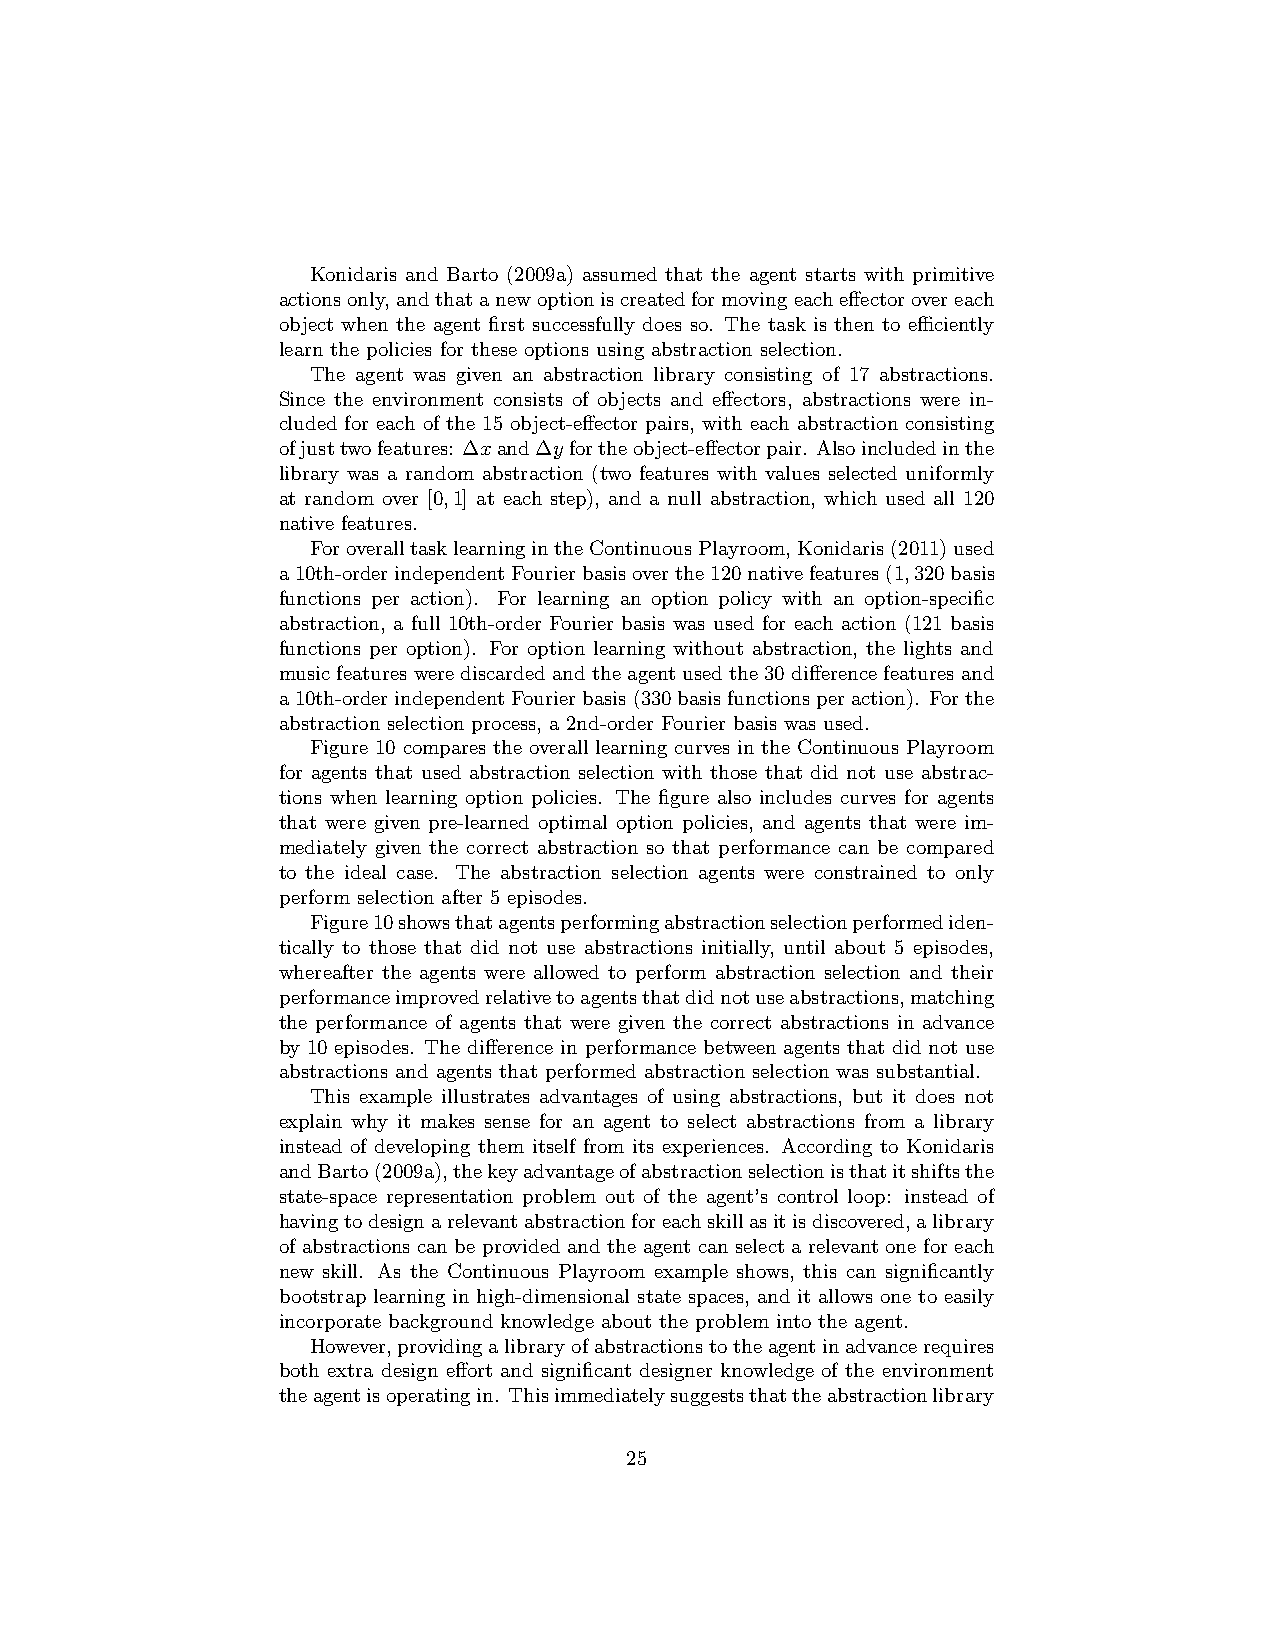
Konidaris and Barto (2009a) assumed that the agent starts with primitive
 actionsonly,andthatanewoptioniscreatedformovingeacheffectorovereach
 object when the agent first successfully does so. The task is then to efficiently
 learn the policies for these options using abstraction selection.
 The agent was given an abstraction library consisting of 17 abstractions.
 Since the environment consists of objects and effectors, abstractions were in-
 cluded for each of the 15 object-effector pairs, with each abstraction consisting
 ofjusttwofeatures: ∆xand∆yfortheobject-effectorpair. Alsoincludedinthe
 library was a random abstraction (two features with values selected uniformly
 at random over [0,1] at each step), and a null abstraction, which used all 120
 native features.
 ForoveralltasklearningintheContinuousPlayroom,Konidaris(2011)used
 a10th-orderindependentFourierbasisoverthe120nativefeatures(1,320basis
 functions per action). For learning an option policy with an option-specific
 abstraction, a full 10th-order Fourier basis was used for each action (121 basis
 functions per option). For option learning without abstraction, the lights and
 music features were discarded and the agent used the 30 difference features and
 a10th-orderindependentFourierbasis(330basisfunctionsperaction). Forthe
 abstraction selection process, a 2nd-order Fourier basis was used.
 Figure 10 compares the overall learning curves in the Continuous Playroom
 for agents that used abstraction selection with those that did not use abstrac-
 tions when learning option policies. The figure also includes curves for agents
 that were given pre-learned optimal option policies, and agents that were im-
 mediately given the correct abstraction so that performance can be compared
 to the ideal case. The abstraction selection agents were constrained to only
 perform selection after 5 episodes.
 Figure10showsthatagentsperformingabstractionselectionperformediden-
 tically to those that did not use abstractions initially, until about 5 episodes,
 whereafter the agents were allowed to perform abstraction selection and their
 performanceimprovedrelativetoagentsthatdidnotuseabstractions,matching
 the performance of agents that were given the correct abstractions in advance
 by 10 episodes. The difference in performance between agents that did not use
 abstractions and agents that performed abstraction selection was substantial.
 This example illustrates advantages of using abstractions, but it does not
 explain why it makes sense for an agent to select abstractions from a library
 instead of developing them itself from its experiences. According to Konidaris
 andBarto(2009a),thekeyadvantageofabstractionselectionisthatitshiftsthe
 state-space representation problem out of the agent’s control loop: instead of
 havingtodesignarelevantabstractionforeachskillasitisdiscovered,alibrary
 of abstractions can be provided and the agent can select a relevant one for each
 new skill. As the Continuous Playroom example shows, this can significantly
 bootstrap learning in high-dimensional state spaces, and it allows one to easily
 incorporate background knowledge about the problem into the agent.
 However,providingalibraryofabstractionstotheagentinadvancerequires
 both extra design effort and significant designer knowledge of the environment
 theagentisoperatingin. Thisimmediatelysuggeststhattheabstractionlibrary
 25